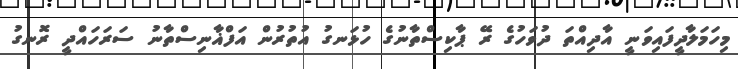
މިހަމަލާދީފައިވަނީ އާދިއްތަ ދުވަހުގެ ރޭ ޕާކިސްތާނުގެ ހުޅަނގު އުތުރުން އަފްޣާނިސްތާނު ސަރަހައްދީ ރޮނގު